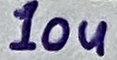
Text: 10u